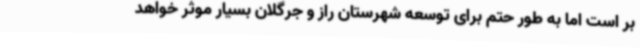
بر است اما به طور حتم برای توسعه شهرستان راز و جرگلان بسیار موثر خواهد